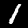
Label: 1